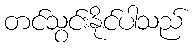
တင်သွင်းနိုင်ပါသည်